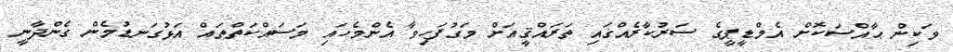
ވަކިން ޙާއްސަކޮށް އެމްޑީޕީގެ ސަރުކާރެއްގައި ތަރައްޤީއަށް މަގުފަހިވާ އެންމެހައި މަސައްކަތްތައް އަޅުގަނޑުމެން ގެންދާނީ